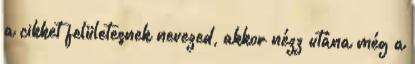
a cikket felületesnek nevezed, akkor nézz utána még a